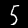
Digit: 5